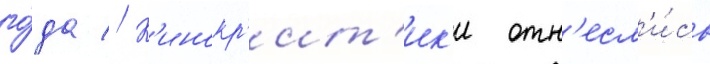
го́да // К'инокр'ит'ик'и отн'есл'и́сь